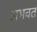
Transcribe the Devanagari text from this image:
अभक्‍त